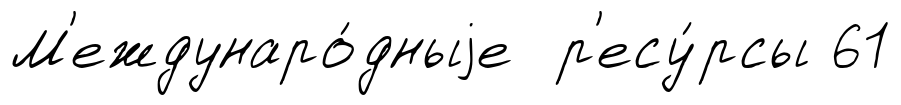
М'еждунаро́дныjе р'есу́рсы 61